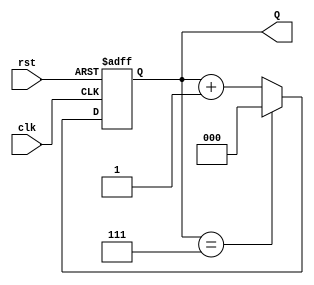
module up_counter_moore (
    input wire clk,        // Clock input
    input wire rst,        // Asynchronous reset input
    output reg [2:0] Q     // 3-bit output for the count
);

// State transition logic
always @(posedge clk or posedge rst) begin
    if (rst) begin
        // Asynchronous reset to state 0
        Q <= 3'b000;
    end else begin
        // If not reset, increment the counter
        if (Q == 3'b111)    // Check for maximum state
            Q <= 3'b000;   // Wrap around to state 0
        else
            Q <= Q + 1;    // Increment the counter
    end
end

endmodule